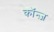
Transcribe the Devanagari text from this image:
कॉन्ज़